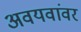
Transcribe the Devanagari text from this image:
अवयवांवर